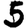
Digit: 5